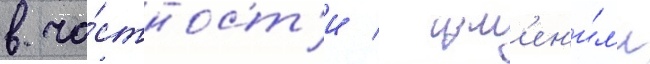
в ча́стност'и / изм'ен'и́л'и